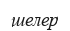
шелер